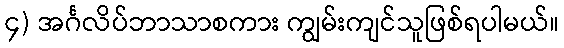
၄) အင်္ဂလိပ်ဘာသာစကား ကျွမ်းကျင်သူဖြစ်ရပါမယ်။